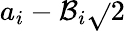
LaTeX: a_{i}-\mathcal{B}_{i}{\sqrt{}{{2}}}